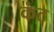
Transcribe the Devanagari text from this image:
कंट